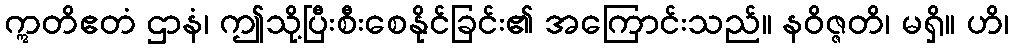
ဣတိဧတံ ဌာနံ၊ ဤသို့ပြီးစီးစေနိုင်ခြင်း၏ အကြောင်းသည်။ နဝိဇ္ဇတိ၊ မရှိ။ ဟိ၊